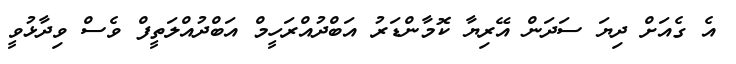
އެ ގެއަށް ދިޔަ ސަދަން އޭރިޔާ ކޮމާންޑަރު އަބްދުއްރަހީމް އަބްދުއްލަތީފް ވެސް ވިދާޅުވީ